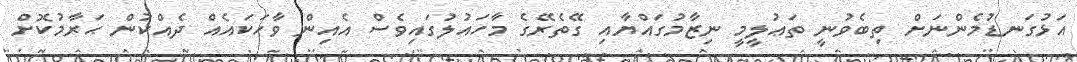
އަޅުގަނޑުމެންނަށް ތިބެވުނީ ތަޢުލީމީ ނިޒާމުގައްޔާއި ގޭތެރޭގެ މާހައުލުގައިވެސް އެއިން ވާހަކައެއް ދެއްކުން ޙަރާމުކޮށް